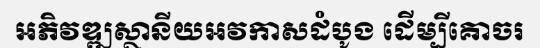
អភិវឌ្ឍស្ថានីយអវកាសដំបូង ដើម្បីគោចរ